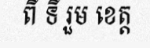
ពី ទី រួម ខេត្ត